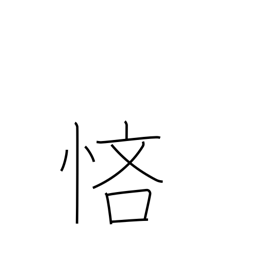
Meaning: stingy